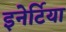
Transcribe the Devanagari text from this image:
इनेर्टिया